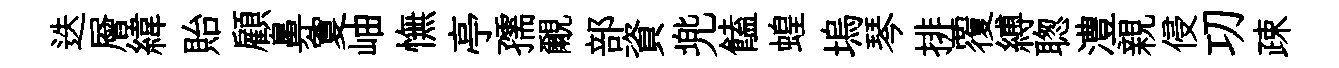
迭層緯貽顧鼻夐岫憮亭孺覼部資兠饁蝗塢琴排覆縛聦澧親侵㓛疎